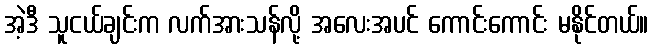
အဲ့ဒီ သူငယ်ချင်းက လက်အားသန်လို့ အလေးအပင် ကောင်းကောင်း မနိုင်တယ်။